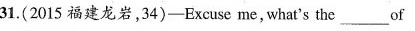
31.(2015 福建龙岩,34)-Excuse me,what's the___of